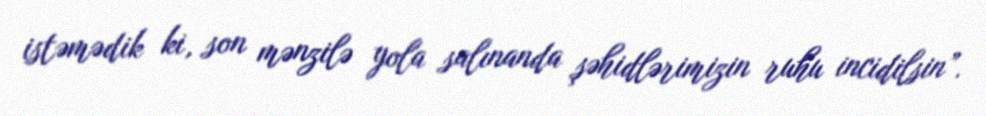
istəmədik ki, son mənzilə yola salınanda şəhidlərimizin ruhu incidilsin”.